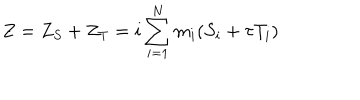
LaTeX: Z = Z _ { S } + Z _ { T } = i \sum _ { i = 1 } ^ { N } m _ { i } ( S _ { i } + \tau T _ { i } )